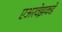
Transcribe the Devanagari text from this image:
एअरवेझकडे